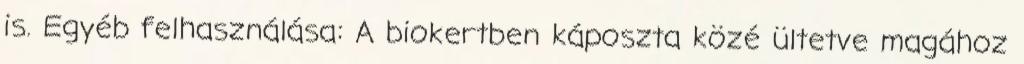
is. Egyéb felhasználása: A biokertben káposzta közé ültetve magához